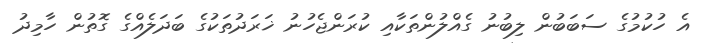
އެ ހުކުމުގެ ސަބަބުން ލިބުނު ގެއްލުންތަކާއި ކުރަންޖެހުނު ޚަރަދުތަކުގެ ބަދަލެއްގެ ގޮތުން ހާމިދު